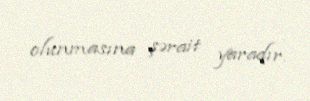
olunmasına şərait yaradır.